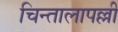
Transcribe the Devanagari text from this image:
चिन्तालापल्ली